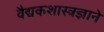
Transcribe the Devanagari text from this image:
वैद्यकशास्त्रज्ञाने